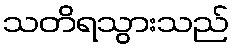
သတိရသွားသည်